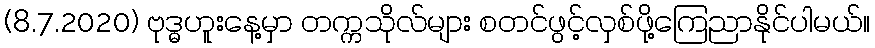
(8.7.2020) ဗုဒ္ဓဟူးနေ့မှာ တက္ကသိုလ်များ စတင်ဖွင့်လှစ်ဖို့ကြေညာနိုင်ပါမယ်။